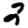
Digit: 2